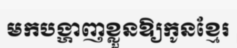
មកបង្ហាញខ្លួនឱ្យកូនខ្មែរ